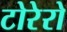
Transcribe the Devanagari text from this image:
टोरेरो